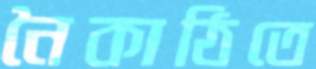
নৈকাঠিতে